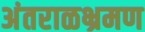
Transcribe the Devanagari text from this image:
अंतराळभ्रमण